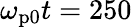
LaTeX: \omega_{\mathrm{p0}}t=250